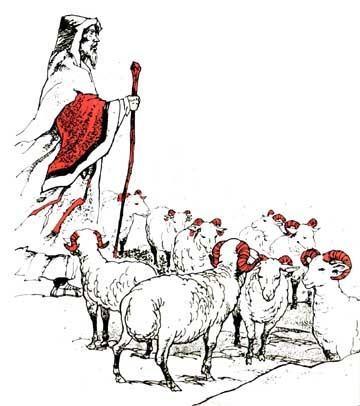
结发为夫妻，恩爱两不疑。